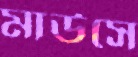
মাউসে